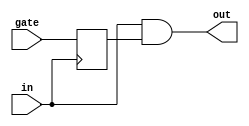
//
// Clock gate
// by Tomek Szczesny 2023
//
// clkgate passes clock pulses reliably and without glitches.
// The gate input is probed only when in = 0.
//
//            +-----------------+
//            |                 |
//     in --->|     clkgate     |---> out
//   gate --->|                 |
//            +-----------------+
//
// Parameters:
// None.
//
// Ports: 
// in	- Clock input
// gate - Clock gate input
// out	- Clock output, active when gate = 1.
//
`ifndef _clkgate_v_
`define _clkgate_v_

module clkgate(
	input wire in,
	input wire gate,
	output wire out
);

reg latch;
assign out = (in & latch);

always@(negedge in)
begin
	latch <= gate;
end

endmodule

`endif